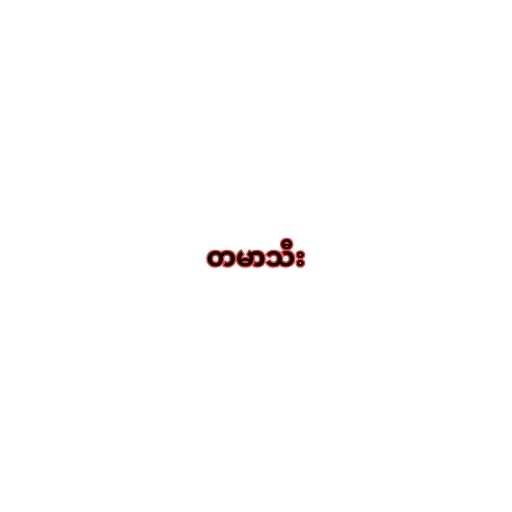
တမာသီး